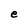
Character: e